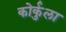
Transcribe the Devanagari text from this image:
कोर्कुला